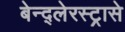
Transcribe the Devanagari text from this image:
बेन्द्लेरस्ट्रासे